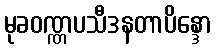
မုခဝဏ္ဏပသီဒနတာပိန္ဒော